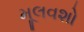
મૂલવશો